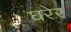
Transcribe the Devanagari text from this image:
घरेर